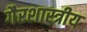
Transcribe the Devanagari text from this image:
गैरशास्त्रीय